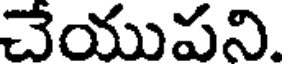
చేయుపని.